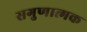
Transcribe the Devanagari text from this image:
सगुणात्मक